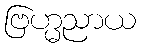
ဗြဟ္မညာယ